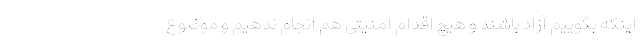
اینکه بگوییم آزاد باشند و هیچ اقدام امنیتی هم انجام ندهیم و موضوع